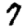
Digit: 7